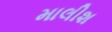
માલીશ